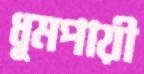
ধূমপায়ী